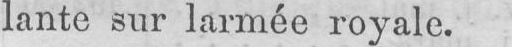
lante sur 1armée royale.